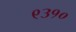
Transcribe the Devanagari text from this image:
९३१०